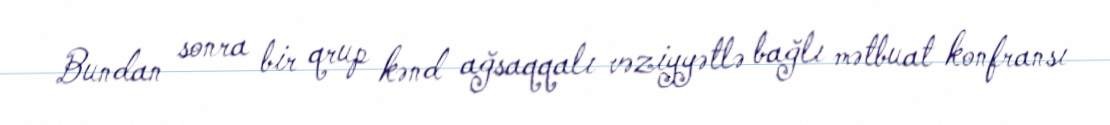
Bundan sonra bir qrup kənd ağsaqqalı vəziyyətlə bağlı mətbuat konfransı